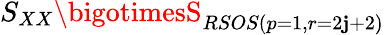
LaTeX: S_{XX}\bigotimesS_{RSOS(p=1,r=2\mathbf{j}+2)}